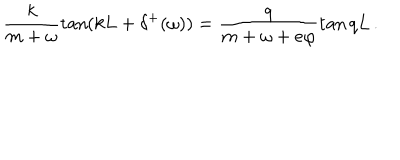
\frac { k } { m + \omega } \tan ( k L + \delta ^ { + } ( \omega ) ) = \frac { q } { m + \omega + e \varphi } \tan q L \, .